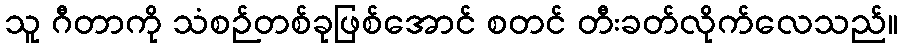
သူ ဂီတာကို သံစဉ်တစ်ခုဖြစ်အောင် စတင် တီးခတ်လိုက်လေသည်။